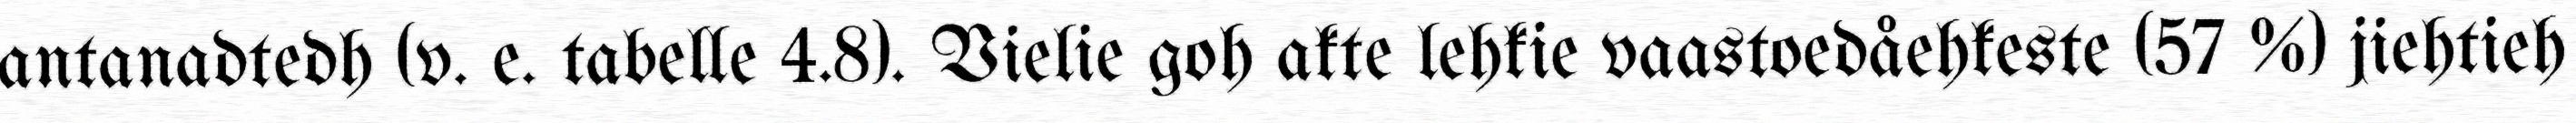
antanadtedh (v. e. tabelle 4.8). Vielie goh akte lehkie vaastoedåehkeste (57 %) jiehtieh